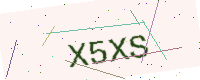
Text: X5XS